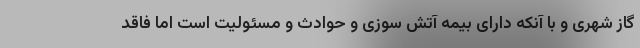
گاز شهری و با آنکه دارای بیمه آتش سوزی و حوادث و مسئولیت است اما فاقد